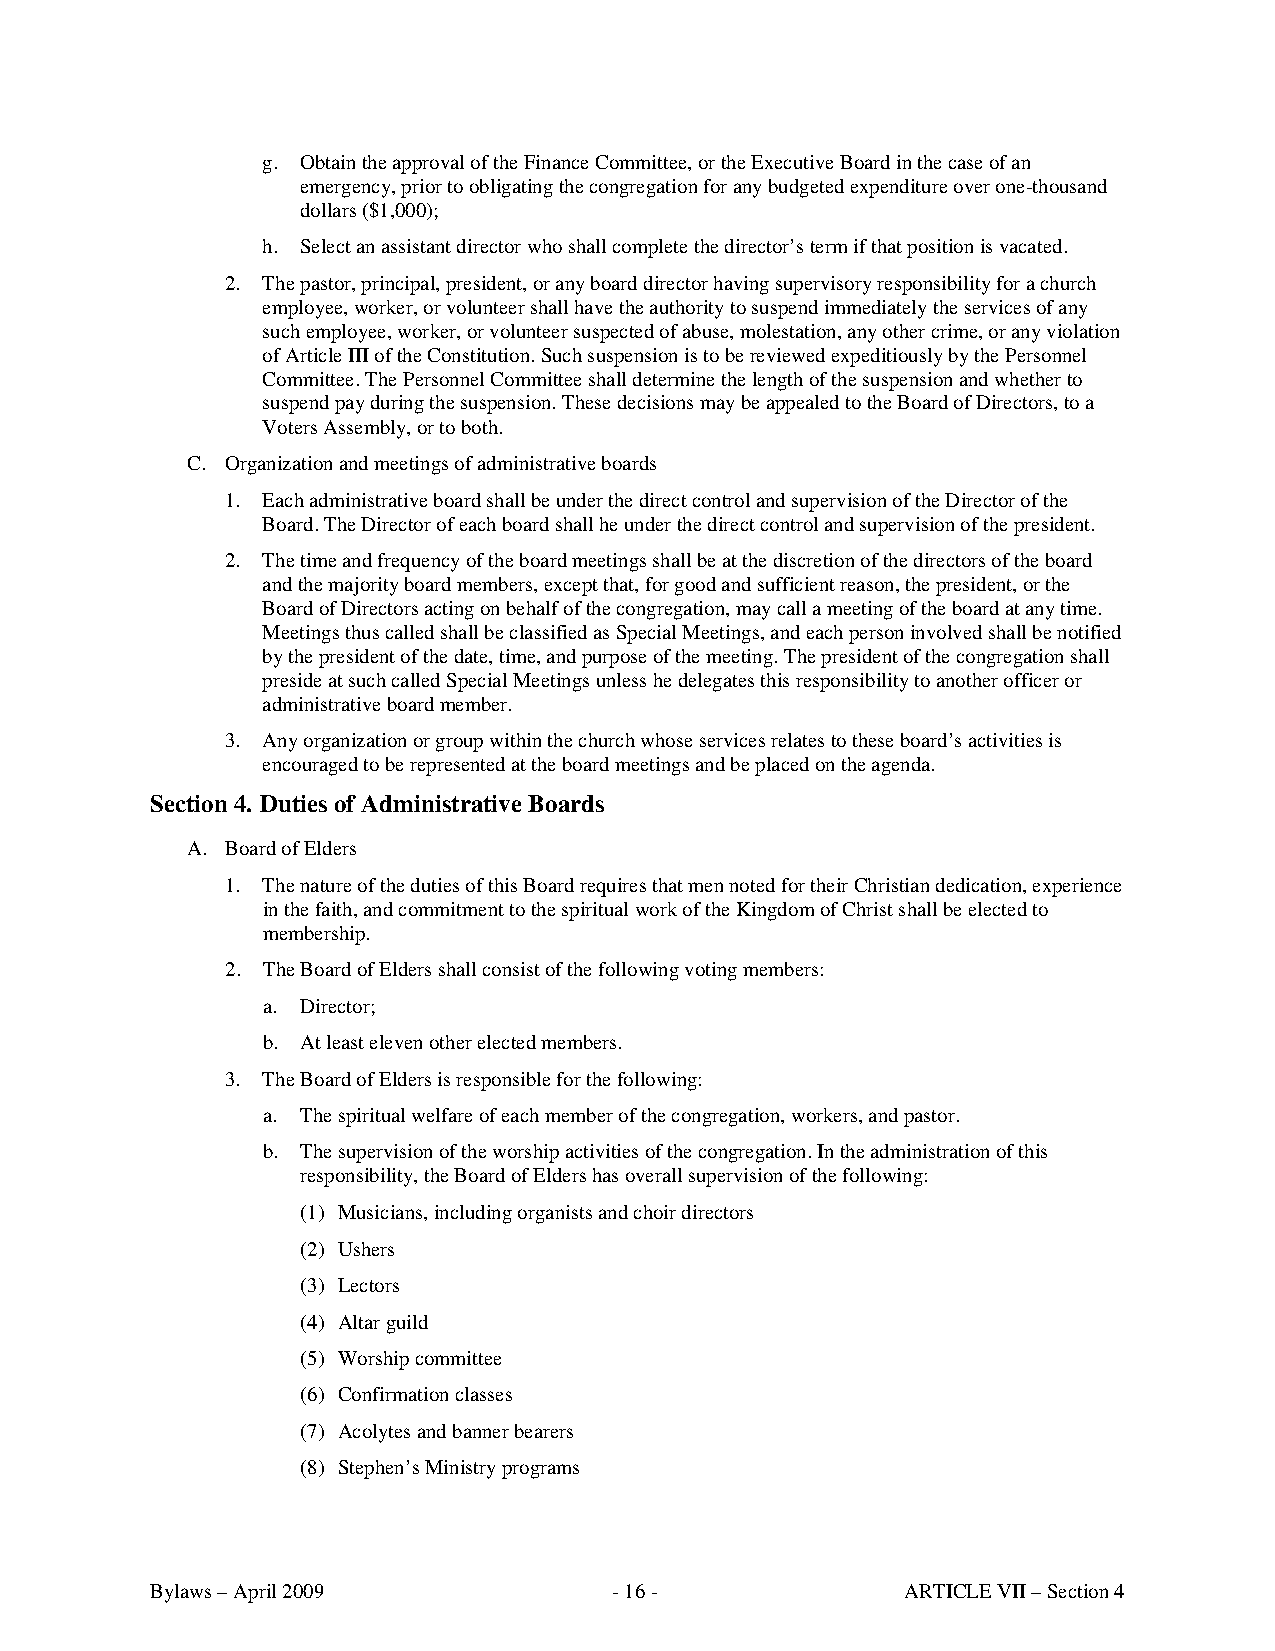
g. Obtain the approval of the Finance Committee, or the Executive Board in the case of an
 emergency, prior to obligating the congregation for any budgeted expenditure over one-thousand
 dollars ($1,000);
 h. Select an assistant director who shall complete the director’s term if that position is vacated.
 2. The pastor, principal, president, or any board director having supervisory responsibility for a church
 employee, worker, or volunteer shall have the authority to suspend immediately the services of any
 such employee, worker, or volunteer suspected of abuse, molestation, any other crime, or any violation
 of Article III of the Constitution. Such suspension is to be reviewed expeditiously by the Personnel
 Committee. The Personnel Committee shall determine the length of the suspension and whether to
 suspend pay during the suspension. These decisions may be appealed to the Board of Directors, to a
 Voters Assembly, or to both.
 C. Organization and meetings of administrative boards
 1. Each administrative board shall be under the direct control and supervision of the Director of the
 Board. The Director of each board shall he under the direct control and supervision of the president.
 2. The time and frequency of the board meetings shall be at the discretion of the directors of the board
 and the majority board members, except that, for good and sufficient reason, the president, or the
 Board of Directors acting on behalf of the congregation, may call a meeting of the board at any time.
 Meetings thus called shall be classified as Special Meetings, and each person involved shall be notified
 by the president of the date, time, and purpose of the meeting. The president of the congregation shall
 preside at such called Special Meetings unless he delegates this responsibility to another officer or
 administrative board member.
 3. Any organization or group within the church whose services relates to these board’s activities is
 encouraged to be represented at the board meetings and be placed on the agenda.
 Section 4. Duties of Administrative Boards
 A. Board of Elders
 1. The nature of the duties of this Board requires that men noted for their Christian dedication, experience
 in the faith, and commitment to the spiritual work of the Kingdom of Christ shall be elected to
 membership.
 2. The Board of Elders shall consist of the following voting members:
 a. Director;
 b. At least eleven other elected members.
 3. The Board of Elders is responsible for the following:
 a. The spiritual welfare of each member of the congregation, workers, and pastor.
 b. The supervision of the worship activities of the congregation. In the administration of this
 responsibility, the Board of Elders has overall supervision of the following:
 (1) Musicians, including organists and choir directors
 (2) Ushers
 (3) Lectors
 (4) Altar guild
 (5) Worship committee
 (6) Confirmation classes
 (7) Acolytes and banner bearers
 (8) Stephen’s Ministry programs
 Bylaws – April 2009            - 16 -             ARTICLE VII – Section 4